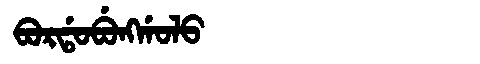
Manchu: ᠪᠣᡵᡩᠣᠪᡠᠩᡤᠣᠯᠣ
Romanization: BORDOBUNGGOLO